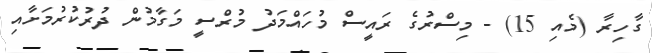
ގާހިރާ (މެއި 15) - މިސްރުގެ ރައީސް މުހައްމަދު މުރްސީ މަގާމުން ދުރުކުރުމަށާއި